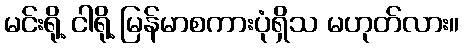
မင်းရို့ ငါရို့ မြန်မာစကားပုံရှိသ မဟုတ်လား။